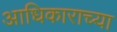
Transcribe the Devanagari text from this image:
आधिकाराच्या